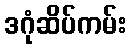
ဒဂုံဆိပ်ကမ်း